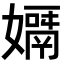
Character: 𡢓